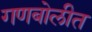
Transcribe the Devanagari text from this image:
गणबोलीत